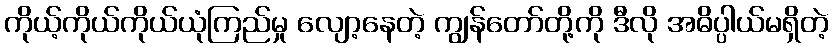
ကိုယ့်ကိုယ်ကိုယ်ယုံကြည်မှု လျော့နေတဲ့ ကျွန်တော်တို့ကို ဒီလို အဓိပ္ပါယ်မရှိတဲ့